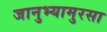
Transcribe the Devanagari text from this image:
जानुभ्यामुरसा